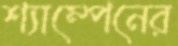
শ্যাম্পেনের